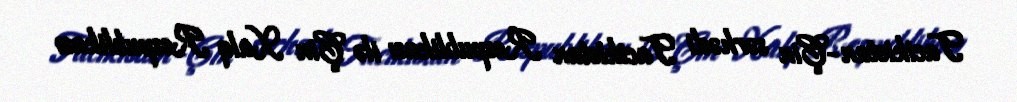
Tacikistan-Çin sərhədi Tacikistan Respublikası ilə Çin Xalq Respublikası